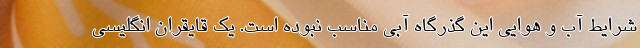
شرایط آب و هوایی این گذرگاه آبی مناسب نبوده است. یک قایقران انگلیسی